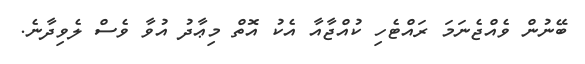
ބޭނުން ވެއްޖެނަމަ ރައްޓެހި ކުއްޖާއާ އެކު އޮތް މިޢާދު އުވާ ވެސް ލެވިދާނެ.